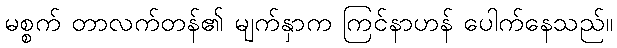
မစ္စက် တာလက်တန်၏ မျက်နှာက ကြင်နာဟန် ပေါက်နေသည်။